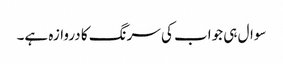
سوال ہی جواب کی سرنگ کا دروازہ ہے۔